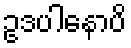
ဥဒပါနောပိ